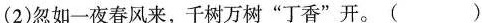
(2)忽如一夜春风来，千树万树”丁香”开。